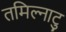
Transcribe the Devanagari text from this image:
तमिल्नाटु